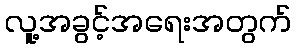
လူ့အခွင့်အရေးအတွက်